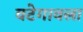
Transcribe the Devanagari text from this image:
वटेगावला